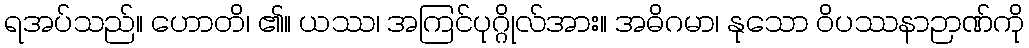
ရအပ်သည်။ ဟောတိ၊ ၏။ ယဿ၊ အကြင်ပုဂ္ဂိုလ်အား။ အဓိဂမာ၊ နုသော ဝိပဿနာဉာဏ်ကို